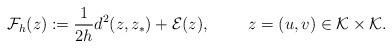
LaTeX: \begin{align*}\mathcal F_h(z):=\frac{1}{2h}d^2(z,z_*)+\mathcal E(z), \qquad\ z=(u,v)\in\mathcal{K}\times\mathcal{K}.\end{align*}